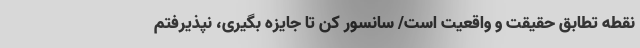
نقطه تطابق حقیقت و واقعیت است/ سانسور کن تا جایزه بگیری، نپذیرفتم